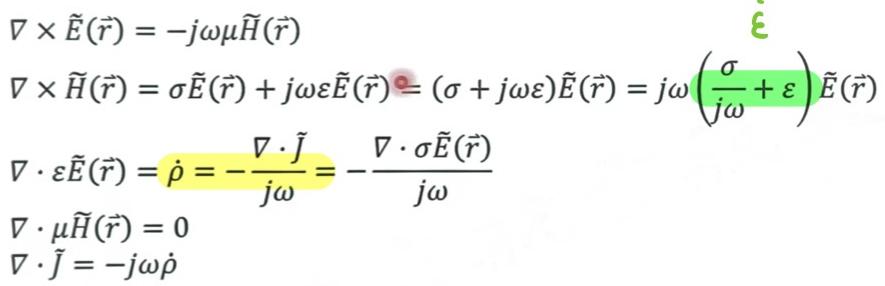
\[
\begin{align*}
\nabla\times\tilde{\boldsymbol{E}}(\tilde{\boldsymbol{r}})&=-j\omega\mu\tilde{\boldsymbol{H}}(\tilde{\boldsymbol{r}})\\
\nabla\times\tilde{\boldsymbol{H}}(\tilde{\boldsymbol{r}})&=\sigma\tilde{\boldsymbol{E}}(\tilde{\boldsymbol{r}})+j\omega\varepsilon\tilde{\boldsymbol{E}}(\tilde{\boldsymbol{r}})=(\sigma + j\omega\varepsilon)\tilde{\boldsymbol{E}}(\tilde{\boldsymbol{r}})=j\omega\left(\frac{\sigma}{j\omega}+\varepsilon\right)\tilde{\boldsymbol{E}}(\tilde{\boldsymbol{r}})\\
\nabla\cdot\varepsilon\tilde{\boldsymbol{E}}(\tilde{\boldsymbol{r}})&=\dot{\rho}=-\frac{\nabla\cdot\tilde{\boldsymbol{J}}}{j\omega}=-\frac{\nabla\cdot\sigma\tilde{\boldsymbol{E}}(\tilde{\boldsymbol{r}})}{j\omega}\\
\nabla\cdot\mu\tilde{\boldsymbol{H}}(\tilde{\boldsymbol{r}})&=0\\
\nabla\cdot\tilde{\boldsymbol{J}}&=-j\omega\dot{\rho}
\end{align*}
\]